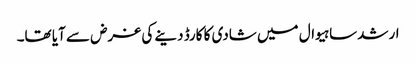
ارشد ساہیوال میں شادی کا کارڈ دینے کی غرض سے آیا تھا۔